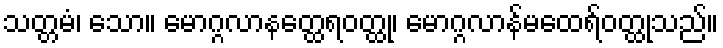
သတ္တမံ၊ သော။ မောဂ္ဂလာနတ္ထေရဝတ္ထု၊ မောဂ္ဂလာန်မထေရ်ဝတ္ထုသည်။